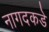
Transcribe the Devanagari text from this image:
नागदकडे